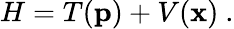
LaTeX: H=T({\mathbf p})+V({\mathbf x})\ .